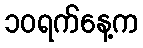
၁၀ရက်နေ့က